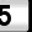
Digit: 5